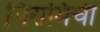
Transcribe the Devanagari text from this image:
मिरामिची